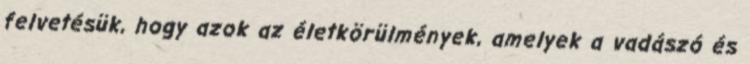
felvetésük, hogy azok az életkörülmények, amelyek a vadászó és